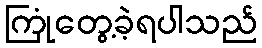
ကြုံတွေ့ခဲ့ရပါသည်